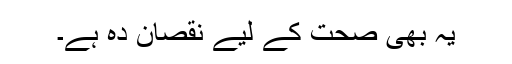
یہ بھی صحت کے لیے نقصان دہ ہے۔